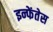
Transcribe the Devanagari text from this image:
इन्फेंतेस